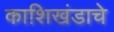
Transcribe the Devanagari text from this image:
काशिखंडाचे